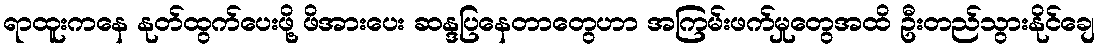
ရာထူးကနေ နုတ်ထွက်ပေးဖို့ ဖိအားပေး ဆန္ဒပြနေတာတွေဟာ အကြမ်းဖက်မှုတွေအထိ ဦးတည်သွားနိုင်ချေ